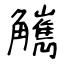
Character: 觽